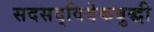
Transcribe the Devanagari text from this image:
सदसद्‌विवेकबुद्धी